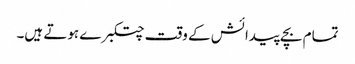
تمام بچے پیدائش کے وقت چتکبرے ہوتے ہیں۔